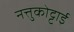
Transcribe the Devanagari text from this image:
नत्तुकोट्टाई